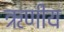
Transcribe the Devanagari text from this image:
ऋणीय